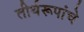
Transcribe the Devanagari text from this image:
तीर्थरूपांचे